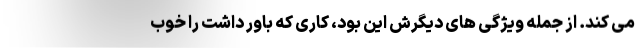
می کند. از جمله ویژگی های دیگرش این بود، کاری که باور داشت را خوب